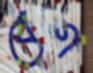
বেগ